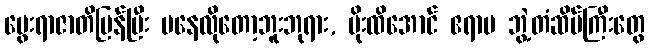
မွေးရာဇာတိပြန်ပြီး မနေလိုတော့ဘူးဘုရား, မိုးထိအောင် ဧရာမ ဘွဲ့တံဆိပ်ကြီးတွေ